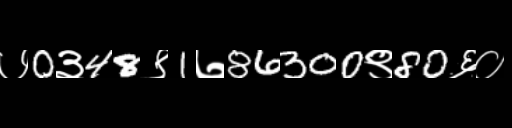
Text: ७0३48९1७86300९80६०